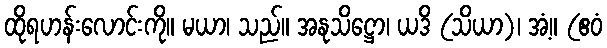
ထိုရဟန်းလောင်းကို။ မယာ၊ သည်။ အနုသိဋ္ဌော၊ ယဒိ (သိယာ)၊ အံ့။ (ဧဝံ